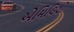
એમિલિયો